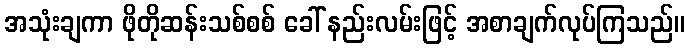
အသုံးချကာ ဖိုတိုဆန်းသစ်စစ် ခေါ် နည်းလမ်းဖြင့် အစာချက်လုပ်ကြသည်။